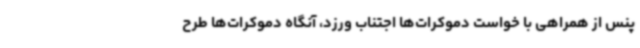
پنس از همراهی با خواست دموکرات‌ها اجتناب ورزد، آنگاه دموکرات‌ها طرح